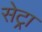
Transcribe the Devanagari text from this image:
सेट्रा